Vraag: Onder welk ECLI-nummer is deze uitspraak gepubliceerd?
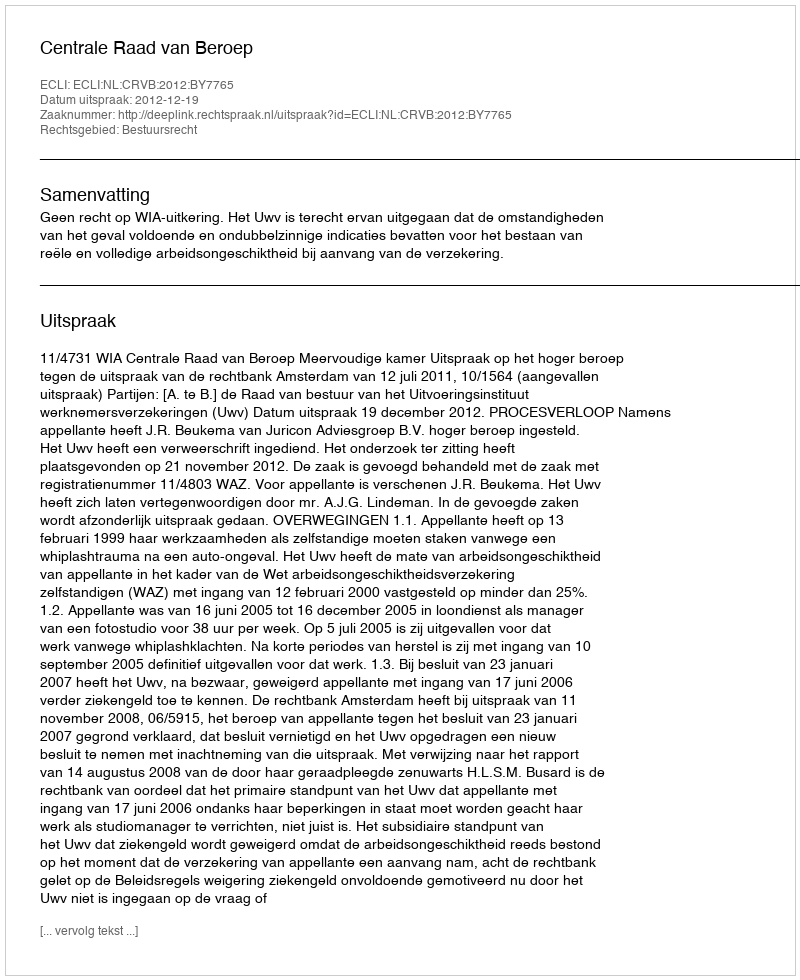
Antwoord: ECLI:NL:CRVB:2012:BY7765